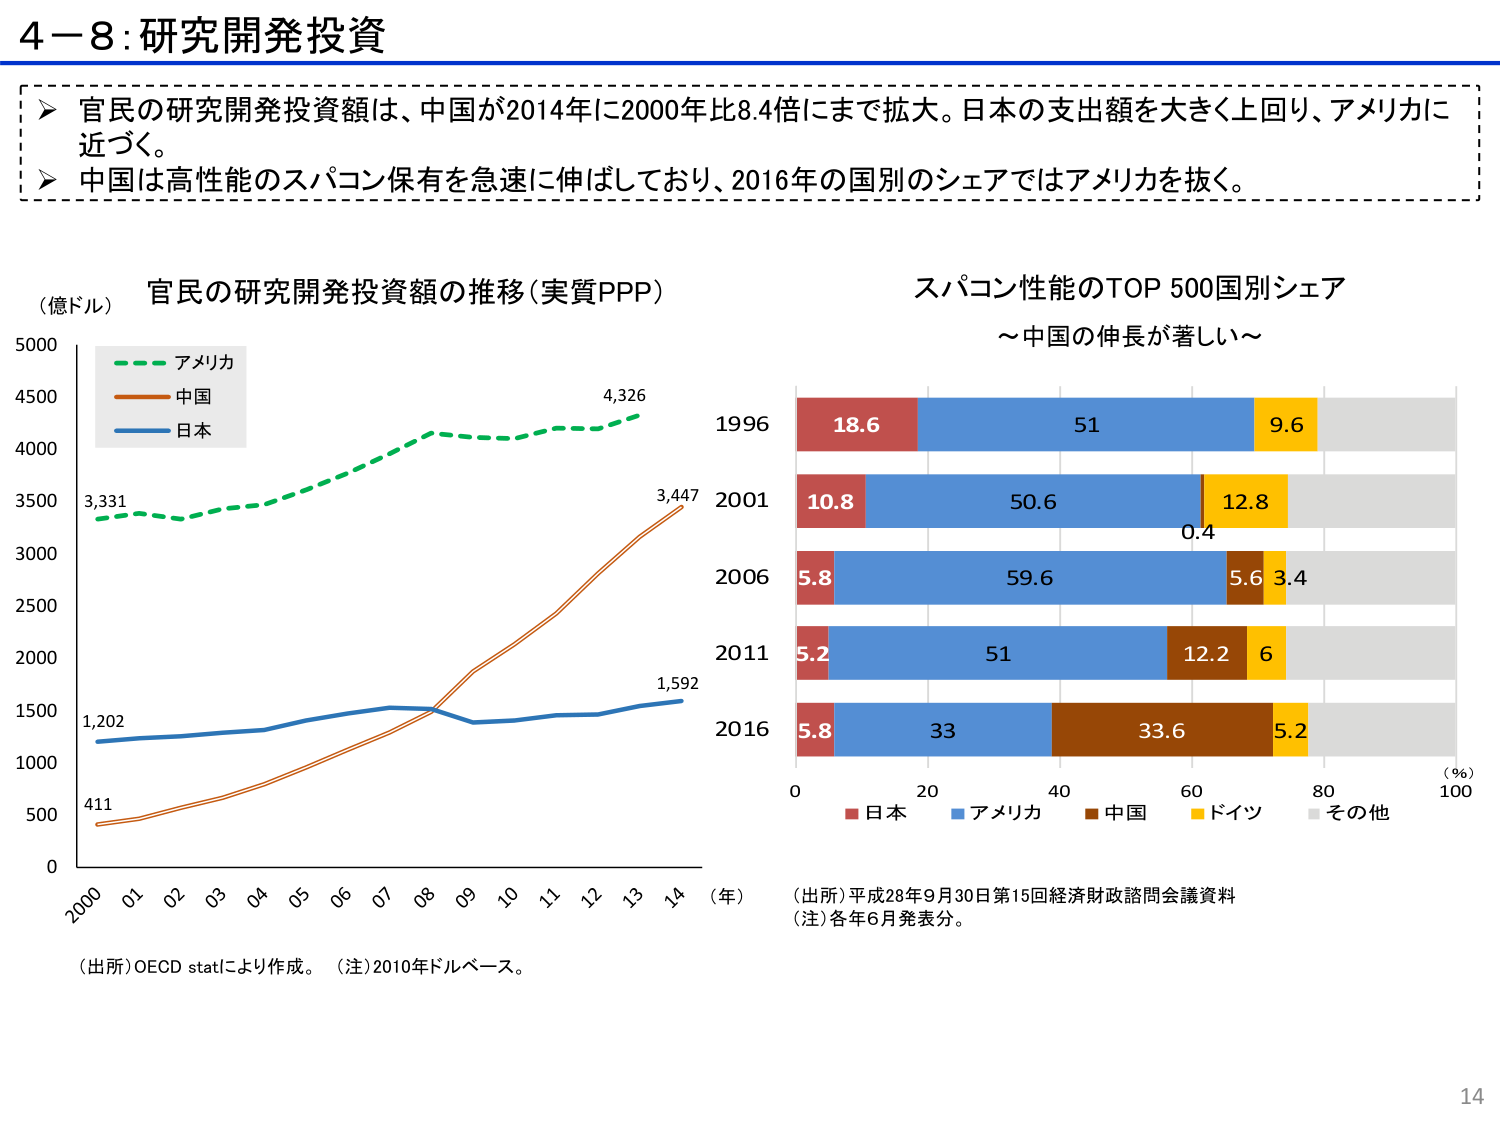
4－8：研究開発投資

▶ 官民の研究開発投資額は、中国が2014年に2000年比8.4倍にまで拡大。日本の支出額を大きく上回り、アメリカに近づく。
▶ 中国は高性能のスパコン保有を急速に伸ばしており、2016年の国別のシェアではアメリカを抜く。

（億ドル） 官民の研究開発投資額の推移（実質PPP）
3,331
4,326
3,447
1,592
1,202
411
0
500
1000
1500
2000
2500
3000
3500
4000
4500
5000
2000 01 02 03 04 05 06 07 08 09 10 11 12 13 14 （年）
緑破線：アメリカ
茶色実線：中国
青実線：日本

スパコン性能のTOP 500国別シェア
～中国の伸長が著しい～

1996
18.6 51 9.6
2001
10.8 50.6 12.8 0.4
2006
5.8 59.6 5.6 3.4
2011
5.2 51 12.2 6
2016
5.8 33 33.6 5.2
0 20 40 60 80 100 （％）
赤：日本
青：アメリカ
茶：中国
黄：ドイツ
グレー：その他

（出所）OECD statにより作成。（注）2010年ドルベース。
（出所）平成28年9月30日第15回経済財政諮問会議資料
（注）各年6月発表分。

14